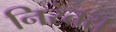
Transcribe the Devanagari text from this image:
निरंतरा